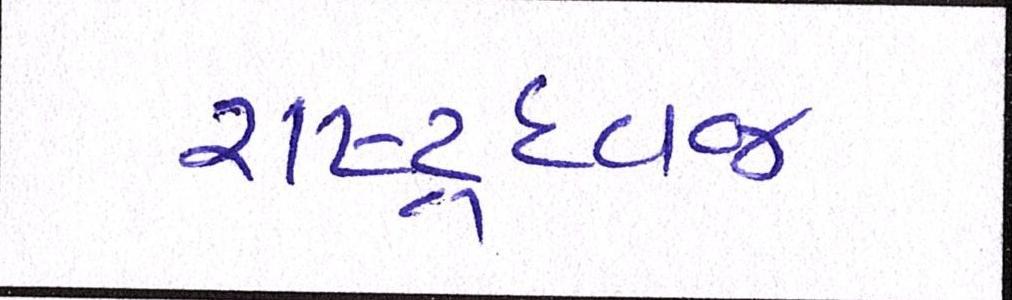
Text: રાષ્ટ્રધ્વજ